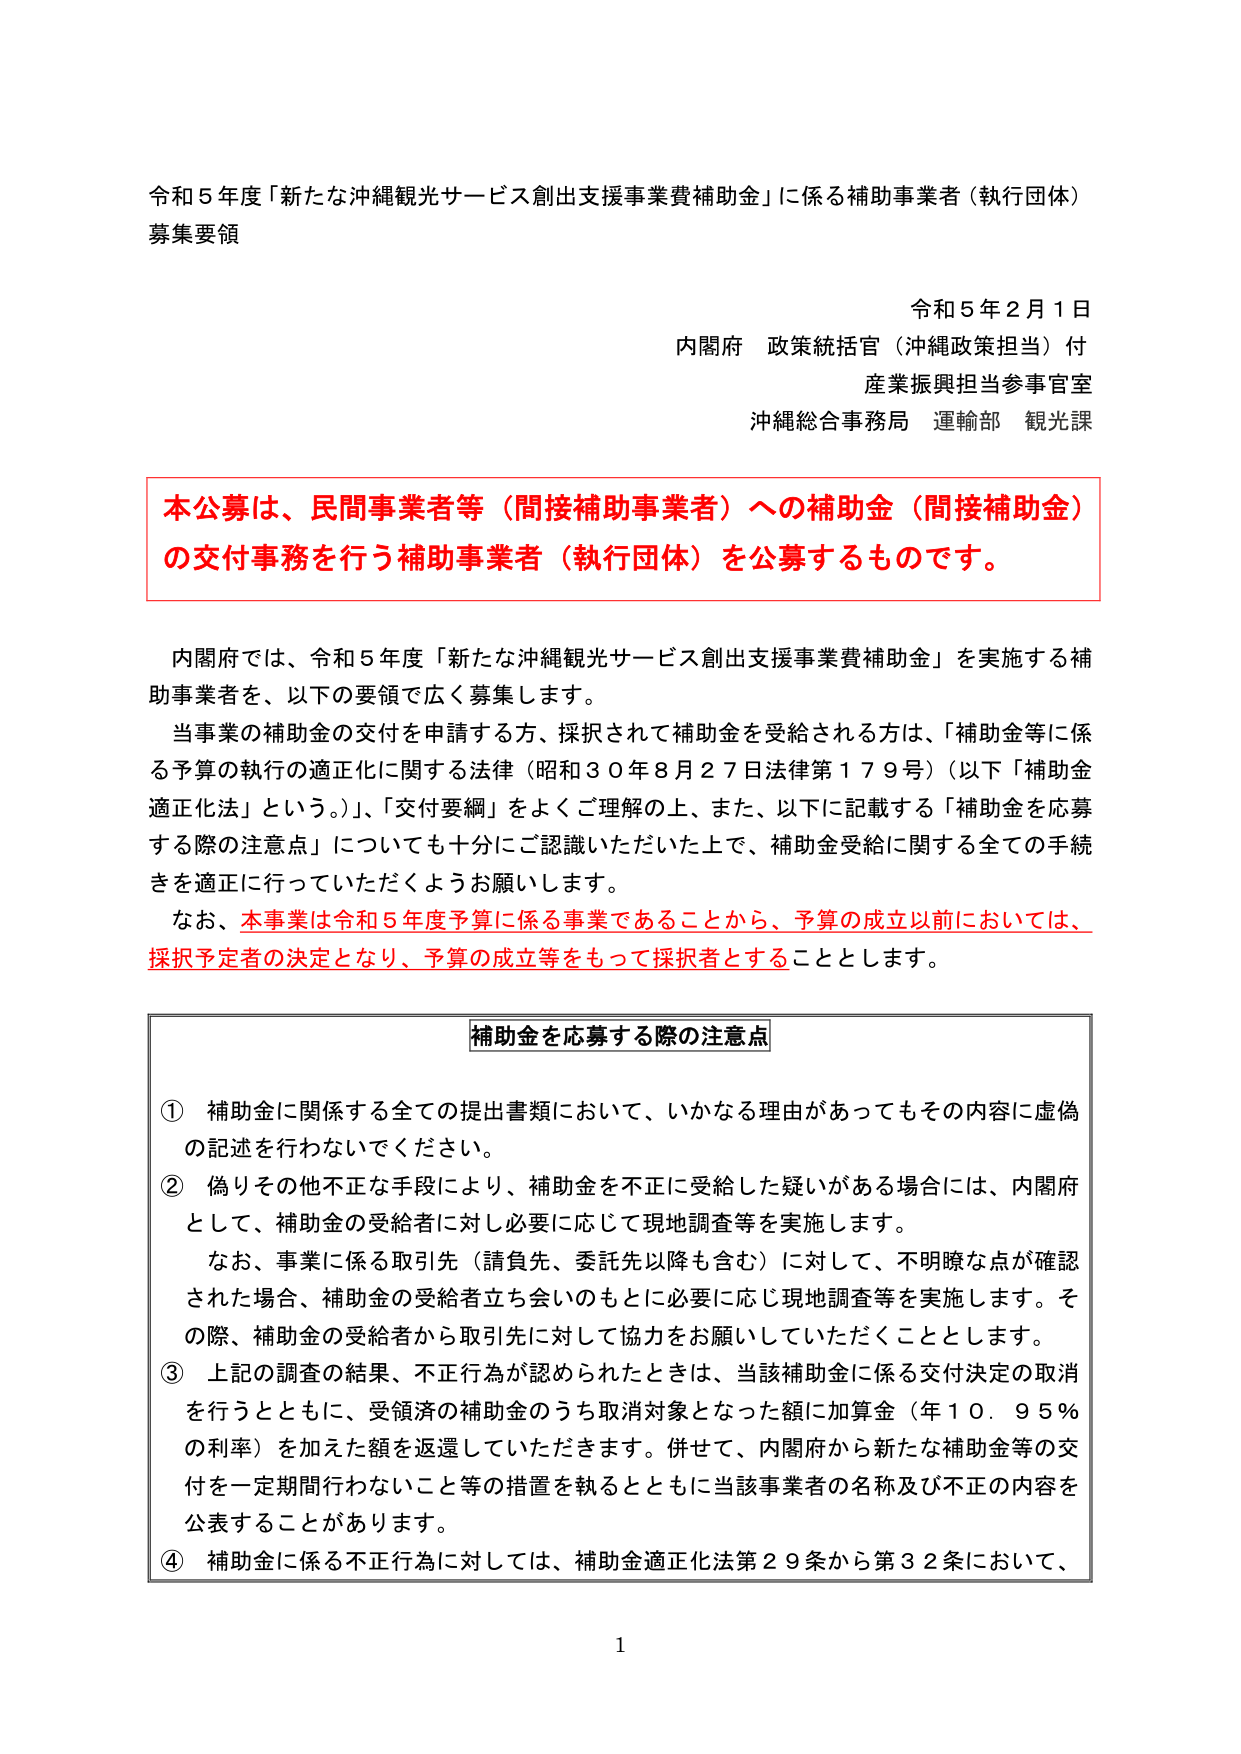
令和５年度「新たな沖縄観光サービス創出支援事業費補助金」に係る補助事業者（執行団体）
募集要領

令和５年２月１日
内閣府 政策統括官（沖縄政策担当）付
産業振興担当参事官室
沖縄総合事務局 運輸部 観光課

本公募は、民間事業者等（間接補助事業者）への補助金（間接補助金）
の交付事務を行う補助事業者（執行団体）を公募するものです。

内閣府では、令和５年度「新たな沖縄観光サービス創出支援事業費補助金」を実施する補
助事業者を、以下の要領で広く募集します。
当事業の補助金の交付を申請する方、採択されて補助金を受給される方は、「補助金等に係
る予算の執行の適正化に関する法律（昭和３０年８月２７日法律第１７９号）（以下「補助金
適正化法」という。）」、「交付要綱」をよくご理解の上、また、以下に記載する「補助金を応募
する際の注意点」についても十分にご認識いただいた上で、補助金受給に関する全ての手続
きを適正に行っていただくようお願いします。
なお、本事業は令和５年度予算に係る事業であることから、予算の成立以前においては、
採択予定者の決定となり、予算の成立等をもって採択者とすることとします。

補助金を応募する際の注意点

① 補助金に関係する全ての提出書類において、いかなる理由があってもその内容に虚偽
の記述を行わないでください。
② 偽りその他不正な手段により、補助金を不正に受給した疑いがある場合には、内閣府
として、補助金の受給者に対し必要に応じて現地調査等を実施します。
　なお、事業に係る取引先（請負先、委託先以降も含む）に対して、不明瞭な点が確認
された場合、補助金の受給者立ち会いのもとに必要に応じ現地調査等を実施します。そ
の際、補助金の受給者から取引先に対して協力をお願いしていただくこととします。
③ 上記の調査の結果、不正行為が認められたときは、当該補助金に係る交付決定の取消
を行うとともに、受領済の補助金のうち取消対象となった額に加算金（年１０．９５％
の利率）を加えた額を返還していただきます。併せて、内閣府から新たな補助金等の交
付を一定期間行わないこと等の措置を執るとともに当該事業者の名称及び不正の内容を
公表することがあります。
④ 補助金に係る不正行為に対しては、補助金適正化法第２９条から第３２条において、

1